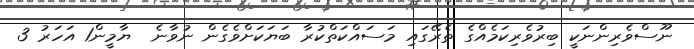
ނޫސްވެރިންނަކީ ބިރުވެރިކަމެއްގެ ތެރޭގައި މަސައްކަތްކުރާ ބަޔަކަށްވެގެން ނުވާނެ  ޔާމީން1 އަހަރު 3